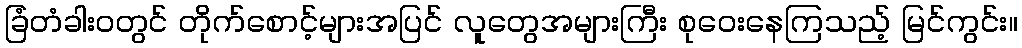
ခြံတံခါးဝတွင် တိုက်စောင့်များအပြင် လူတွေအများကြီး စုဝေးနေကြသည့် မြင်ကွင်း။